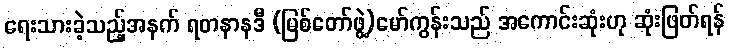
ရေးသားခဲ့သည့်အနက် ရတနာနဒီ (မြစ်တော်ဖွဲ့)မော်ကွန်းသည် အကောင်းဆုံးဟု ဆုံးဖြတ်ရန်